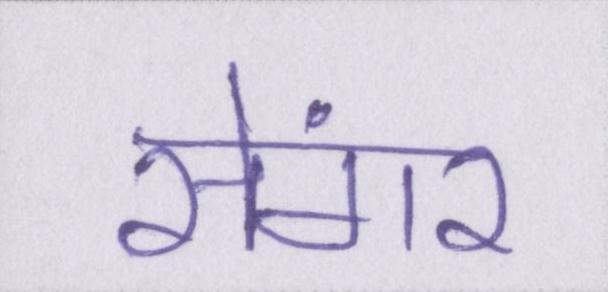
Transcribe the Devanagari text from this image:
सेंगर